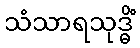
သံသာရသုဒ္ဓိံ